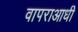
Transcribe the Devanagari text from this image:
वापराआधी